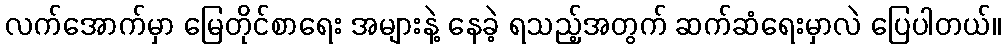
လက်အောက်မှာ မြေတိုင်စာရေး အများနဲ့ နေခဲ့ ရသည့်အတွက် ဆက်ဆံရေးမှာလဲ ပြေပါတယ်။